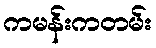
ကမန်းကတမ်း